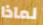
لماذا